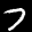
Label: 7